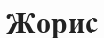
Жорис